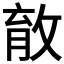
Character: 𰕎